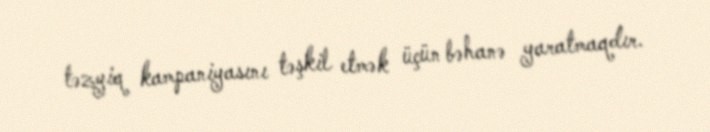
təzyiq kampaniyasını təşkil etmək üçün bəhanə yaratmaqdır.